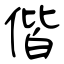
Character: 偕